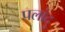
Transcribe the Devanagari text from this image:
पलांदु